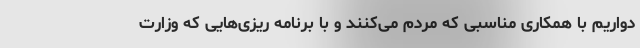
دواریم با همکاری مناسبی که مردم می‌کنند و با برنامه ریزی‌هایی که وزارت